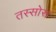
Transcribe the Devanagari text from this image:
तस्सोस